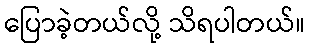
ပြောခဲ့တယ်လို့ သိရပါတယ်။